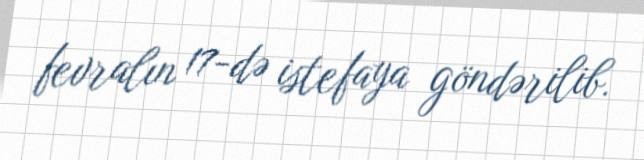
fevralın 17-də istefaya göndərilib.